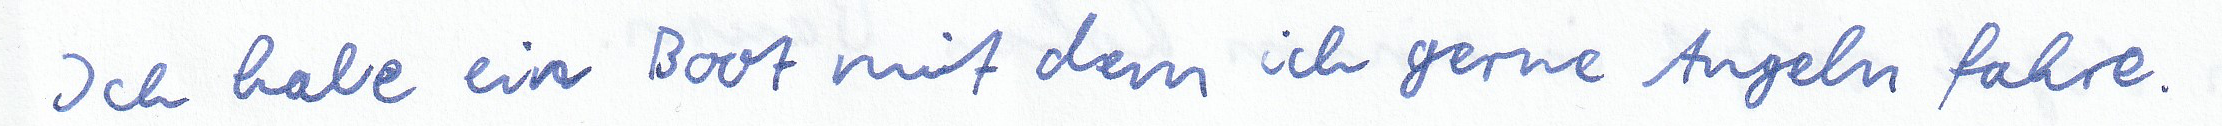
Ich habe ein Boot mit dem ich gerne Angeln fahre.